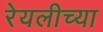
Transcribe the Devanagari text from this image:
रेयलीच्या